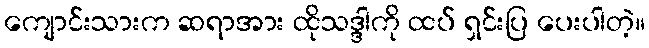
ကျောင်းသားက ဆရာအား ထိုသဒ္ဒါကို ထပ် ရှင်းပြ ပေးပါတဲ့။